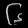
Digit: ၆